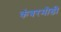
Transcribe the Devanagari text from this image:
कंबरमोडी